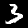
Label: 3